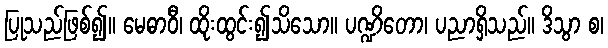
ပြုသည်ဖြစ်၍။ မေဓာဝီ၊ ထိုးထွင်း၍သိသော။ ပဏ္ဍိတော၊ ပညာရှိသည်။ ဒိသွာ စ၊